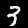
Digit: 3